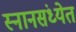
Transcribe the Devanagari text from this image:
स्नानसंध्येत